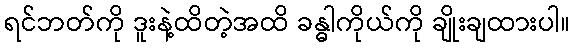
ရင်ဘတ်ကို ဒူးနဲ့ထိတဲ့အထိ ခန္ဓါကိုယ်ကို ချိုးချထားပါ။